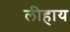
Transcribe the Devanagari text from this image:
लीहाय